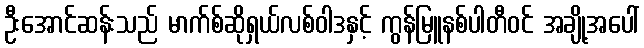
ဦးအောင်ဆန်းသည် မာက်စ်ဆိုရှယ်လစ်ဝါဒနှင့် ကွန်မြူနစ်ပါတီဝင် အချို့အပေါ်